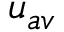
u _ { a v }